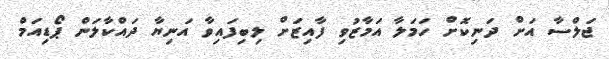
ޖަލްސާ އަށް ދަނިކޮށް ހަމަލާ އަމާޒުވި ފާއިޒަށް ލިބިފައިވާ އަނިޔާ ދައްކާލަން ޕޯޑިއަމް